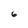
Character: 6